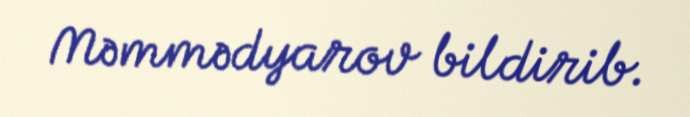
Məmmədyarov bildirib.